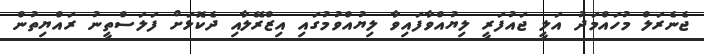
ޖެނެރަލް މުހައްމަދު އަލީ ޖައުފަރީ ލިޔުއްވާފައިވާ ލިޔުއްވުމުގައި އިޒްރޭލާއި ދެކޮޅަށް ފަލަސްތީނު ރައްޔިތުން